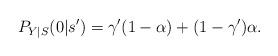
LaTeX: \begin{align*}P_{Y|S}(0|s')=\gamma'(1-\alpha)+(1-\gamma')\alpha.\end{align*}